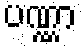
ပဏ္ဏာ